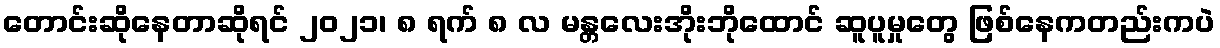
တောင်းဆိုနေတာဆိုရင် ၂၀၂၁၊ ၈ ရက် ၈ လ မန္တလေးအိုးဘိုထောင် ဆူပူမှုတွေ ဖြစ်နေကတည်းကပဲ